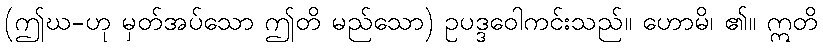
(ဤဃ-ဟု မှတ်အပ်သော ဤတိ မည်သော) ဥပဒ္ဒဝေါကင်းသည်။ ဟောမိ၊ ၏။ ဣတိ